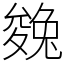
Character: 㕙